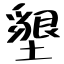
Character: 墾